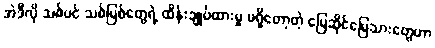
အဲဒီလို သစ်ပင် သစ်မြစ်တွေရဲ့ ထိန်းချုပ်ထားမှု မရှိတော့တဲ့ မြေဆိုင်မြေသားတွေဟာ